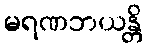
မရဏဘယန္တိ